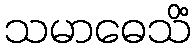
သမာဓေသိံ